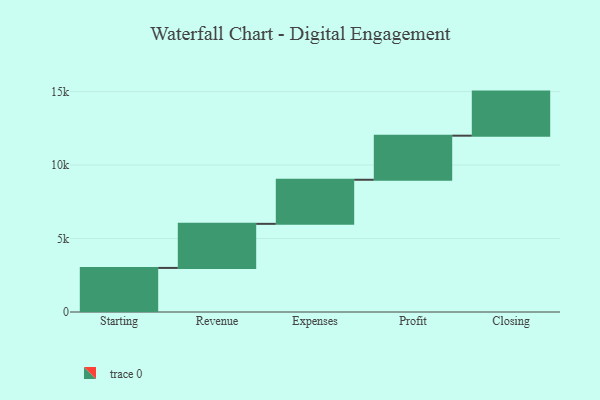
{"axis": {"x": "Step", "y": "Value"}, "legend": [""], "data": [{"x": "Starting", "y": 3000, "type": ""}, {"x": "Revenue", "y": 3000, "type": ""}, {"x": "Expenses", "y": 3000, "type": ""}, {"x": "Profit", "y": 3000, "type": ""}, {"x": "Closing", "y": 3000, "type": ""}]}